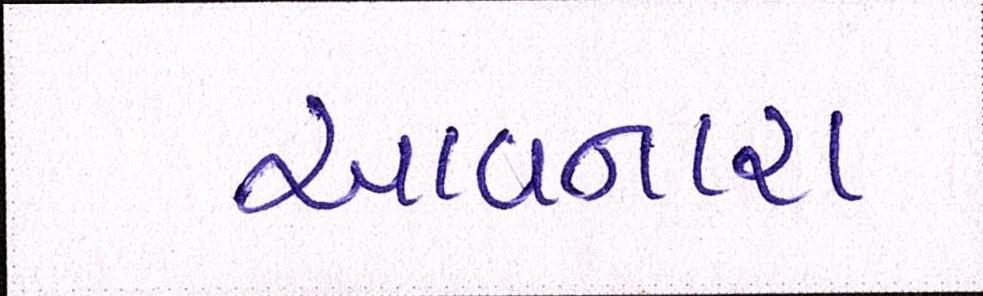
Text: આવનારા